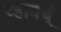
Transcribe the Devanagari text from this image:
व्हायच्ं